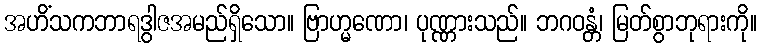
အဟိံသကဘာရဒွါဇအမည်ရှိသော။ ဗြာဟ္မဏော၊ ပုဏ္ဏားသည်။ ဘဂဝန္တံ၊ မြတ်စွာဘုရားကို။